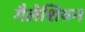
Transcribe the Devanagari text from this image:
गैलेशियन